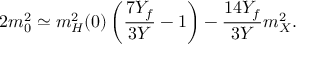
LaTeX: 2 m _ { 0 } ^ { 2 } \simeq m _ { H } ^ { 2 } ( 0 ) \left( \frac { 7 Y _ { f } } { 3 Y } - 1 \right) - \frac { 1 4 Y _ { f } } { 3 Y } m _ { X } ^ { 2 } .